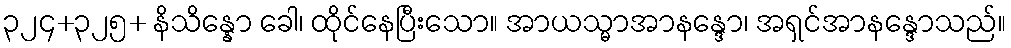
၃၂၄+၃၂၅+ နိသိန္နော ခေါ၊ ထိုင်နေပြီးသော။ အာယသ္မာအာနန္ဒော၊ အရှင်အာနန္ဒောသည်။